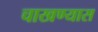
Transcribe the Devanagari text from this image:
चाखण्यास